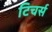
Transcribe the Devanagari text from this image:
टिचर्स